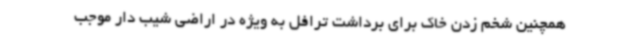
همچنین شخم زدن خاک برای برداشت ترافل به ویژه در اراضی شیب دار موجب